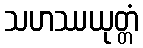
သဟဿယုတ္တံ